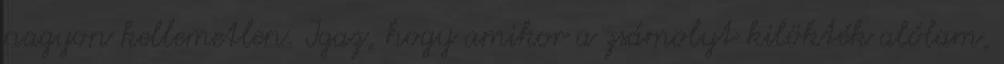
nagyon kellemetlen. Igaz, hogy amikor a zsámolyt kilökték alólam,